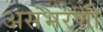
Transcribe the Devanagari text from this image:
असंभरणी